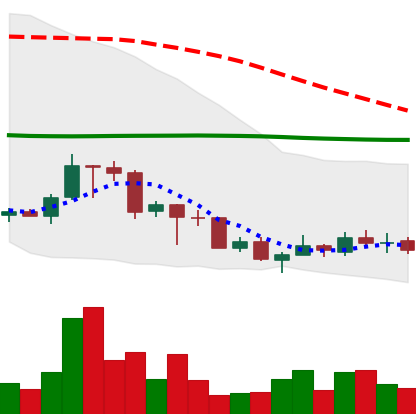
Ticker: TRX-USD
Chart end date: 2018-07-05
Forward return: -11.286%
Label: down_7plus